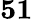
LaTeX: \mathbf{51}